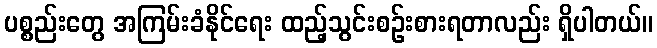
ပစ္စည်းတွေ အကြမ်းခံနိုင်ရေး ထည့်သွင်းစဉ်းစားရတာလည်း ရှိပါတယ်။